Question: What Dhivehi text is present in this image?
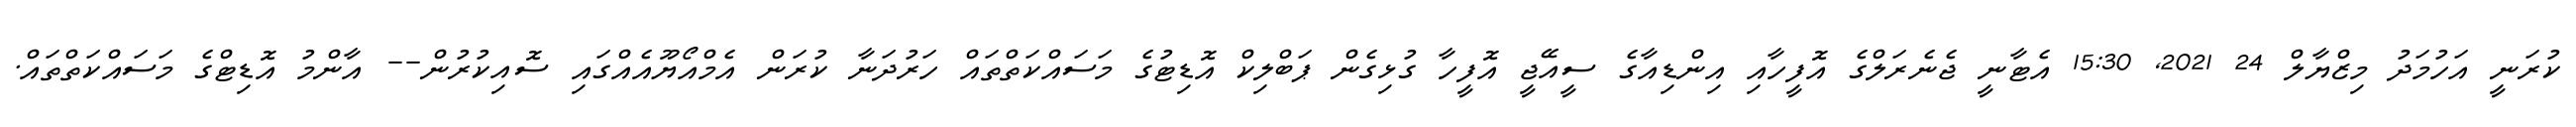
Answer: ކުރަނީ އަހުމަދު މިޒްޔާލް 24 2021, 15:30 އެޓާނީ ޖެނެރަލްގެ އޮފީހާއި އިންޑިއާގެ ސީއޭޖީ އޮފީހާ ގުޅިގެން ޕަބްލިކް އޮޑިޓުގެ މަސައްކަތްތައް ހަރުދަނާ ކުރަން އެމްއޯޔޫއެއްގައި ސޮއިކުރުން-- އާންމު އޮޑިޓްގެ މަސައްކަތްތައް.